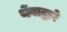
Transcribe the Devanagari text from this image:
थेंबाद्वारे